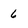
Character: 6